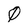
Character: 0